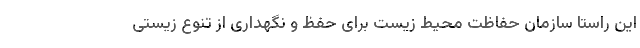
این راستا سازمان حفاظت محیط زیست برای حفظ و نگهداری از تنوع زیستی